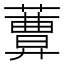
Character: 𦿩